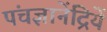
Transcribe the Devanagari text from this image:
पंचज्ञानेंद्रियें